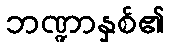
ဘဏ္ဍာနှစ်၏